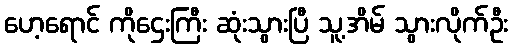
ဟေ့ရောင် ကိုဌေးကြီး ဆုံးသွားပြီ သူ့အိမ် သွားလိုက်ဦး